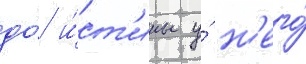
до́ и́ст'ины у́ н'его́